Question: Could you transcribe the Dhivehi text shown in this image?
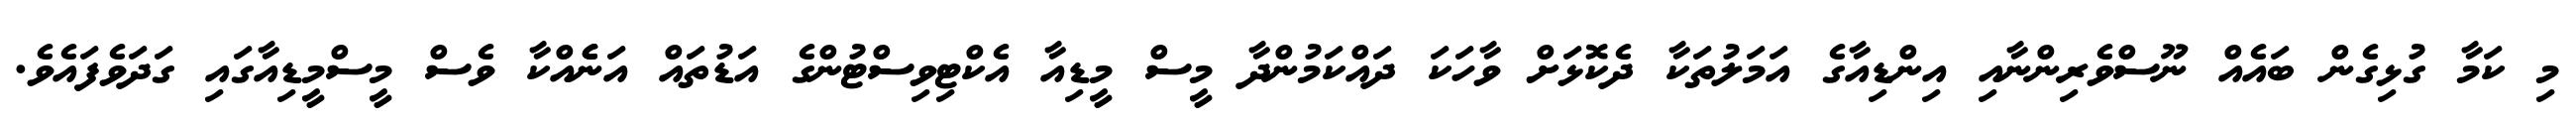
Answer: މި ކަމާ ގުޅިގެން ބައެއް ނޫސްވެރިންނާއި އިންޑިއާގެ އަމަލުތަކާ ދެކޮޅަށް ވާހަކަ ދައްކަމުންދާ މީސް މީޑިއާ އެކްޓިވިސްޓުންގެ އަޑުތައް އަނެެއްކާ ވެސް މީސްމީޑިއާގައި ގަދަވެފައެވެ.